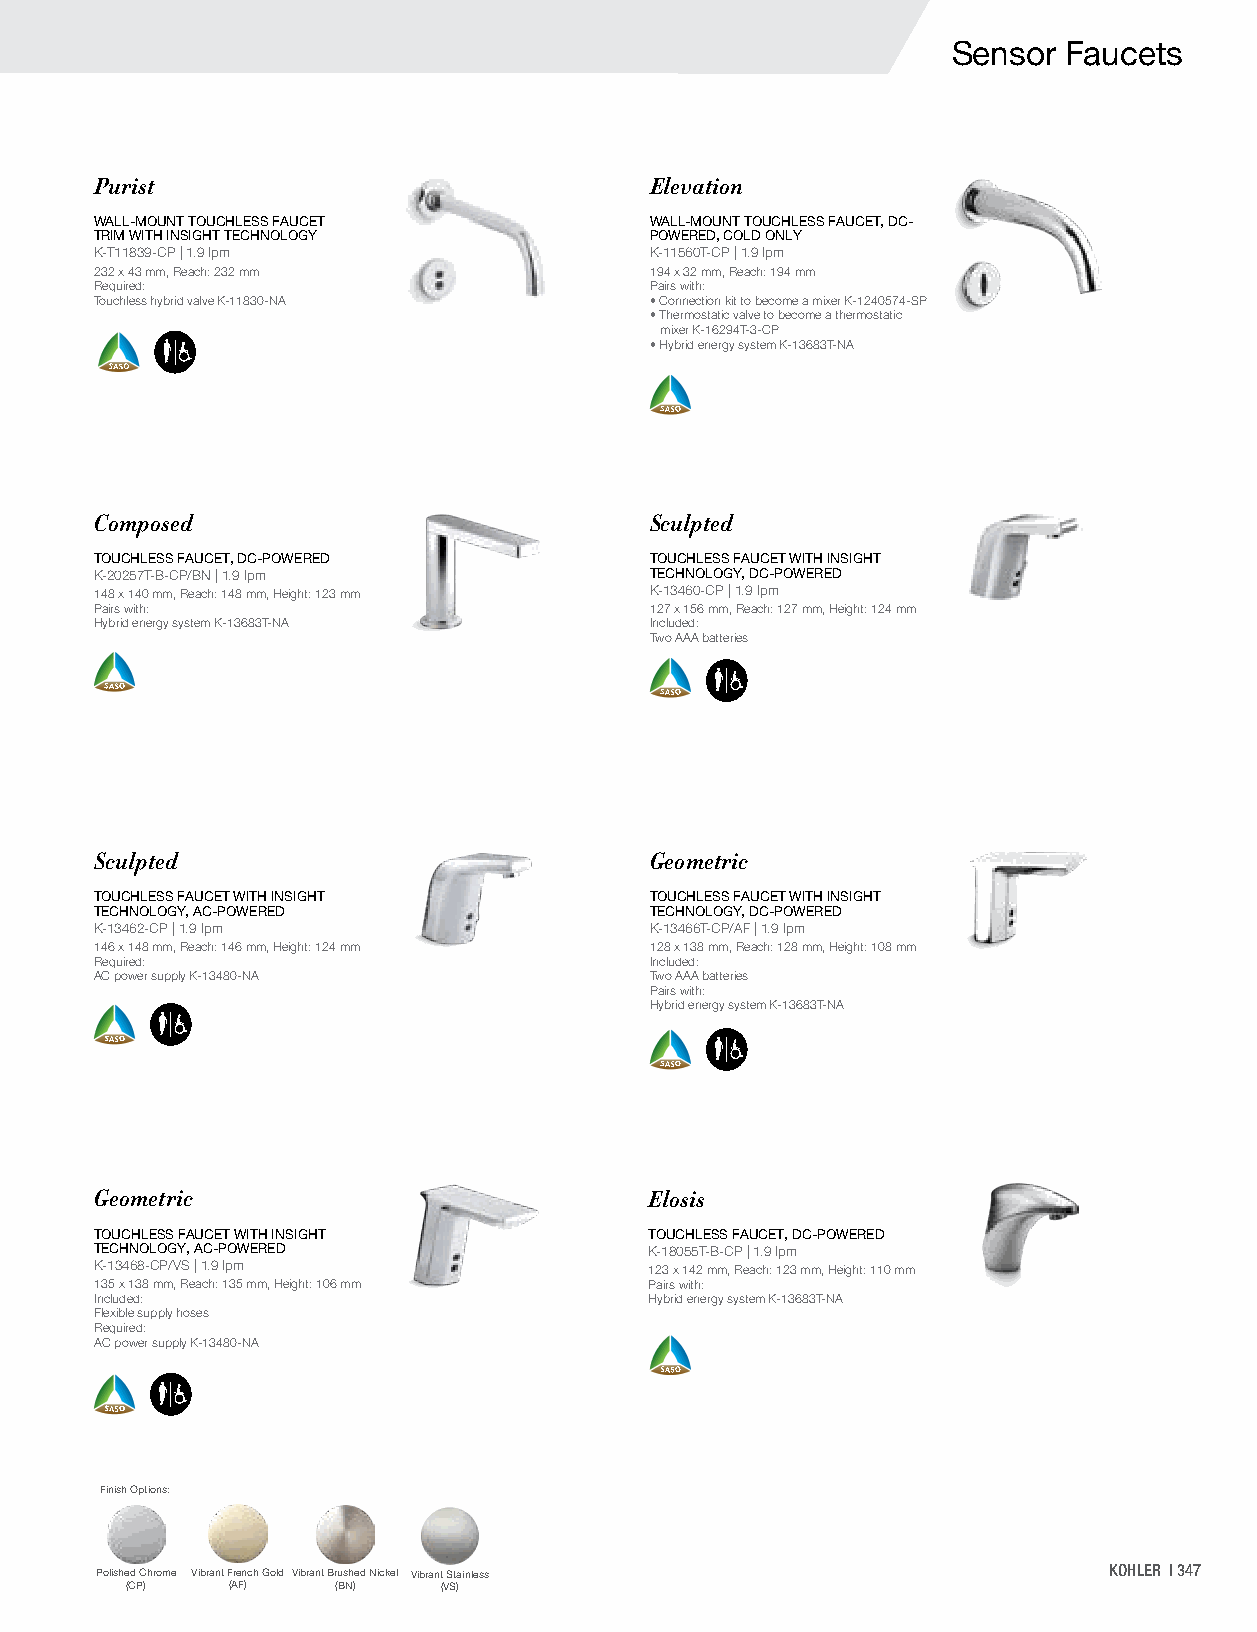
Sensor  Faucets
 Purist                               Elevation
 WALL-MOUNT TOUCHLESS FAUCET          WALL-MOUNT TOUCHLESS FAUCET, DC-
 TRIM WITH INSIGHT TECHNOLOGY         POWERED, COLD ONLY
 K-T11839-CP | 1.9 lpm                K-11560T-CP | 1.9 lpm
 232 x 43 mm, Reach: 232 mm           194 x 32 mm, Reach: 194 mm
 Required:                            Pairs with:
 Touchless hybrid valve K-11830-NA    • Connection kit to become a mixer K-1240574-SP
 • Thermostatic valve to become a thermostatic
 mixer K-16294T-3-CP
 • Hybrid energy system K-13683T-NA
 Composed                             Sculpted
 TOUCHLESS FAUCET, DC-POWERED         TOUCHLESS FAUCET WITH INSIGHT
 K-20257T-B-CP/BN | 1.9 lpm           TECHNOLOGY, DC-POWERED
 148 x 140 mm, Reach: 148 mm, Height: 123 mm K-13460-CP | 1.9 lpm
 Pairs with:                          127 x 156 mm, Reach: 127 mm, Height: 124 mm
 Hybrid energy system K-13683T-NA     Included:
 Two AAA batteries
 Sculpted                             Geometric
 TOUCHLESS FAUCET WITH INSIGHT        TOUCHLESS FAUCET WITH INSIGHT
 TECHNOLOGY, AC-POWERED               TECHNOLOGY, DC-POWERED
 K-13462-CP | 1.9 lpm                 K-13466T-CP/AF | 1.9 lpm
 146 x 148 mm, Reach: 146 mm, Height: 124 mm 128 x 138 mm, Reach: 128 mm, Height: 108 mm
 Required:                            Included:
 AC power supply K-13480-NA           Two AAA batteries
 Pairs with:
 Hybrid energy system K-13683T-NA
 Geometric                            Elosis
 TOUCHLESS FAUCET WITH INSIGHT        TOUCHLESS FAUCET, DC-POWERED
 TECHNOLOGY, AC-POWERED               K-18055T-B-CP | 1.9 lpm
 K-13468-CP/VS | 1.9 lpm              123 x 142 mm, Reach: 123 mm, Height: 110 mm
 135 x 138 mm, Reach: 135 mm, Height: 106 mm Pairs with:
 Included:                            Hybrid energy system K-13683T-NA
 Flexible supply hoses
 Required:
 AC power supply K-13480-NA
 Finish Options:
 Polished Chrome Vibrant French Gold Vibrant Brushed Nickel Vibrant Stainless KOHLER | 347
 (CP)   (AF)   (BN)   (VS)